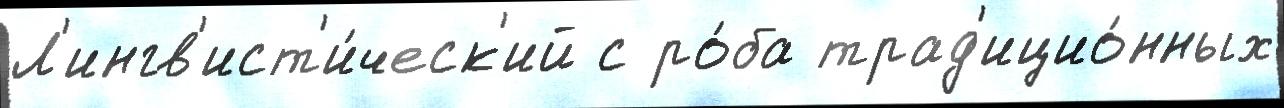
Л'ингв'ист'и́ческ'ий с ро́ба трад'ицио́нных